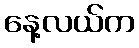
နေ့လယ်က